Lock hospitals Punjab
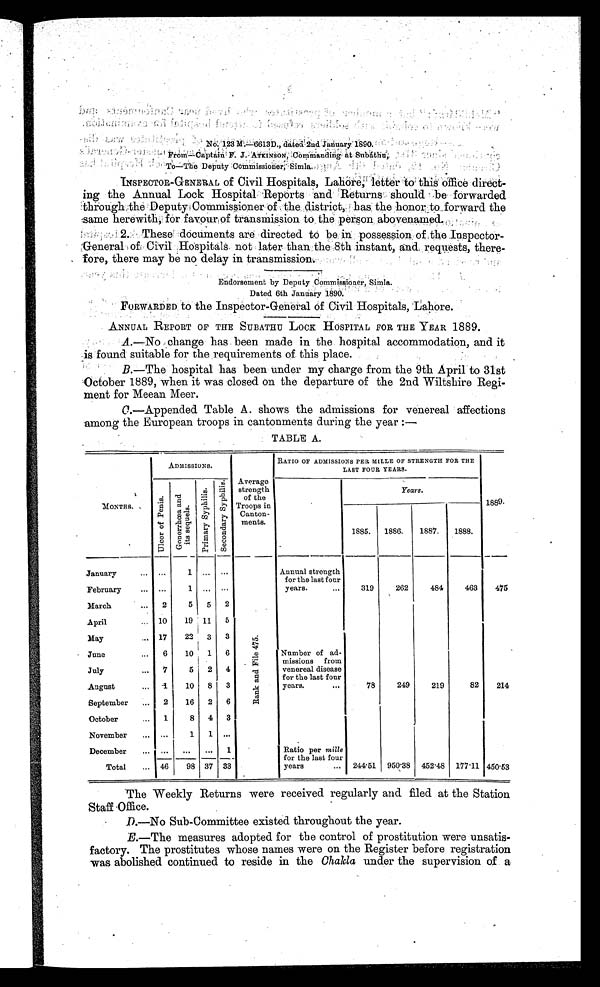
No. 123M.—6613D., dated 2nd January 1890.
F r o m — C a p t i o n F . J . A T K I N S O N , C o m m a n d i n g a t S u b á t h u ,
To—The Deputy Commissioner, Simla.
INSPECTOR-GENERAL of Civil Hospitals, Lahore, letter to this Office direct-
ing the Annual Lock Hospital Reports and Returns should be forwarded
through the Deputy Commissioner of the district, has the honor to forward the
same herewith, for favour of transmission to the person abovenamed.
2. These documents are directed to be in possession of the Inspector-
'General of Civil Hospitals not later than the 8th instant, and requests, there-
fore, there may be no delay in transmission.
•
Endorsement by Deputy Commissioner, S i m l a .
D a t e d 6 t h J a n u a r y 1 8 9 0 .
FORWARDED to the Inspector-General of Civil Hospitals, Lahore.
ANNUAL REPORT OF THE SUBATHU LOCK HOSPITAL FOR THE YEAR 1889.
A.—No change has been made in the hospital accommodation, and it
is found suitable for the requirements of this place.
B.—The hospital has been under my charge from the 9th April to 31st
October 1889, when it was closed on the departure of the 2nd Wiltshire Regi-
ment for Meean Meer.
C.
—Appended Table A. shows the admissions for venereal affections
among the European troops in cantonments during the year :—
TABLE A.
MONTHS.
ADMISSIONS.
Average
strength
of the
Troops in Cantonments.
RATIO OF ADMISSIONS PER MILLE OF STRENGTH FOR THE
LAST FOUR YEARS.
1889.
U l c e r o f P e n i s . G o n o r r œ a a n d i t s s e q u e l s .
Pr i mar y Sy phi l i s .
S e c o n d a r y S y p h i l i s .
Years.
1885.
1886.
1887.
1888.
January
...
...
1 ...
. . .
R a n k a n d F i l e 4 7 5 .
Annual strength
for the last four
years.
February
...
1 ...
. . .
319
262
484
463
475
March
2
5
5
2
April
10
19 11
5
May
17
22
3
3
June
6
10
1
6
Number of ad-
missions from
venereal disease
for the last four
years.
July
7
5
2
4
August
1
10
8
3
78
249
219
82
214
September
2
16
2
6
October
1
8
4
3
November
...
1
1
. . .
December
...
. . . . . . 1
Ratio per mille
for the last four
years
Total
46
98 37 33
244.51 950.38 452.48 177.11 450.53
The Weekly Returns were received regularly and filed at the Station
Staff -Office.
D.—No Sub-Committee existed throughout the year.
E.—The measures adopted for the control of prostitution were unsatis-
factory. The prostitutes whose names were on the Register before registration
was abolished continued to reside in the Ohakla under the supervision of a